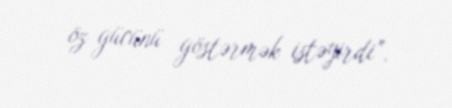
öz gücünü göstərmək istəyirdi”.